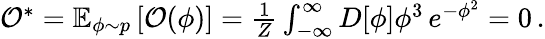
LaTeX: \begin{array}{r}{\mathcal{O}^{*}=\mathbb{E}_{\phi\sim p}\left[\mathcal{O}(\phi)\right]=\frac{1}{Z}\int_{-\infty}^{\infty}D[\phi]\phi^{3}\, e^{-\phi^{2}}=0\, .}\end{array}